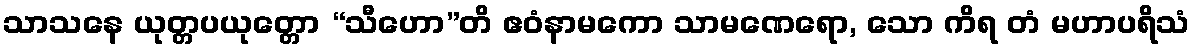
သာသနေ ယုတ္တပယုတ္တော “သီဟော”တိ ဧဝံနာမကော သာမဏေရော, သော ကိရ တံ မဟာပရိသံ